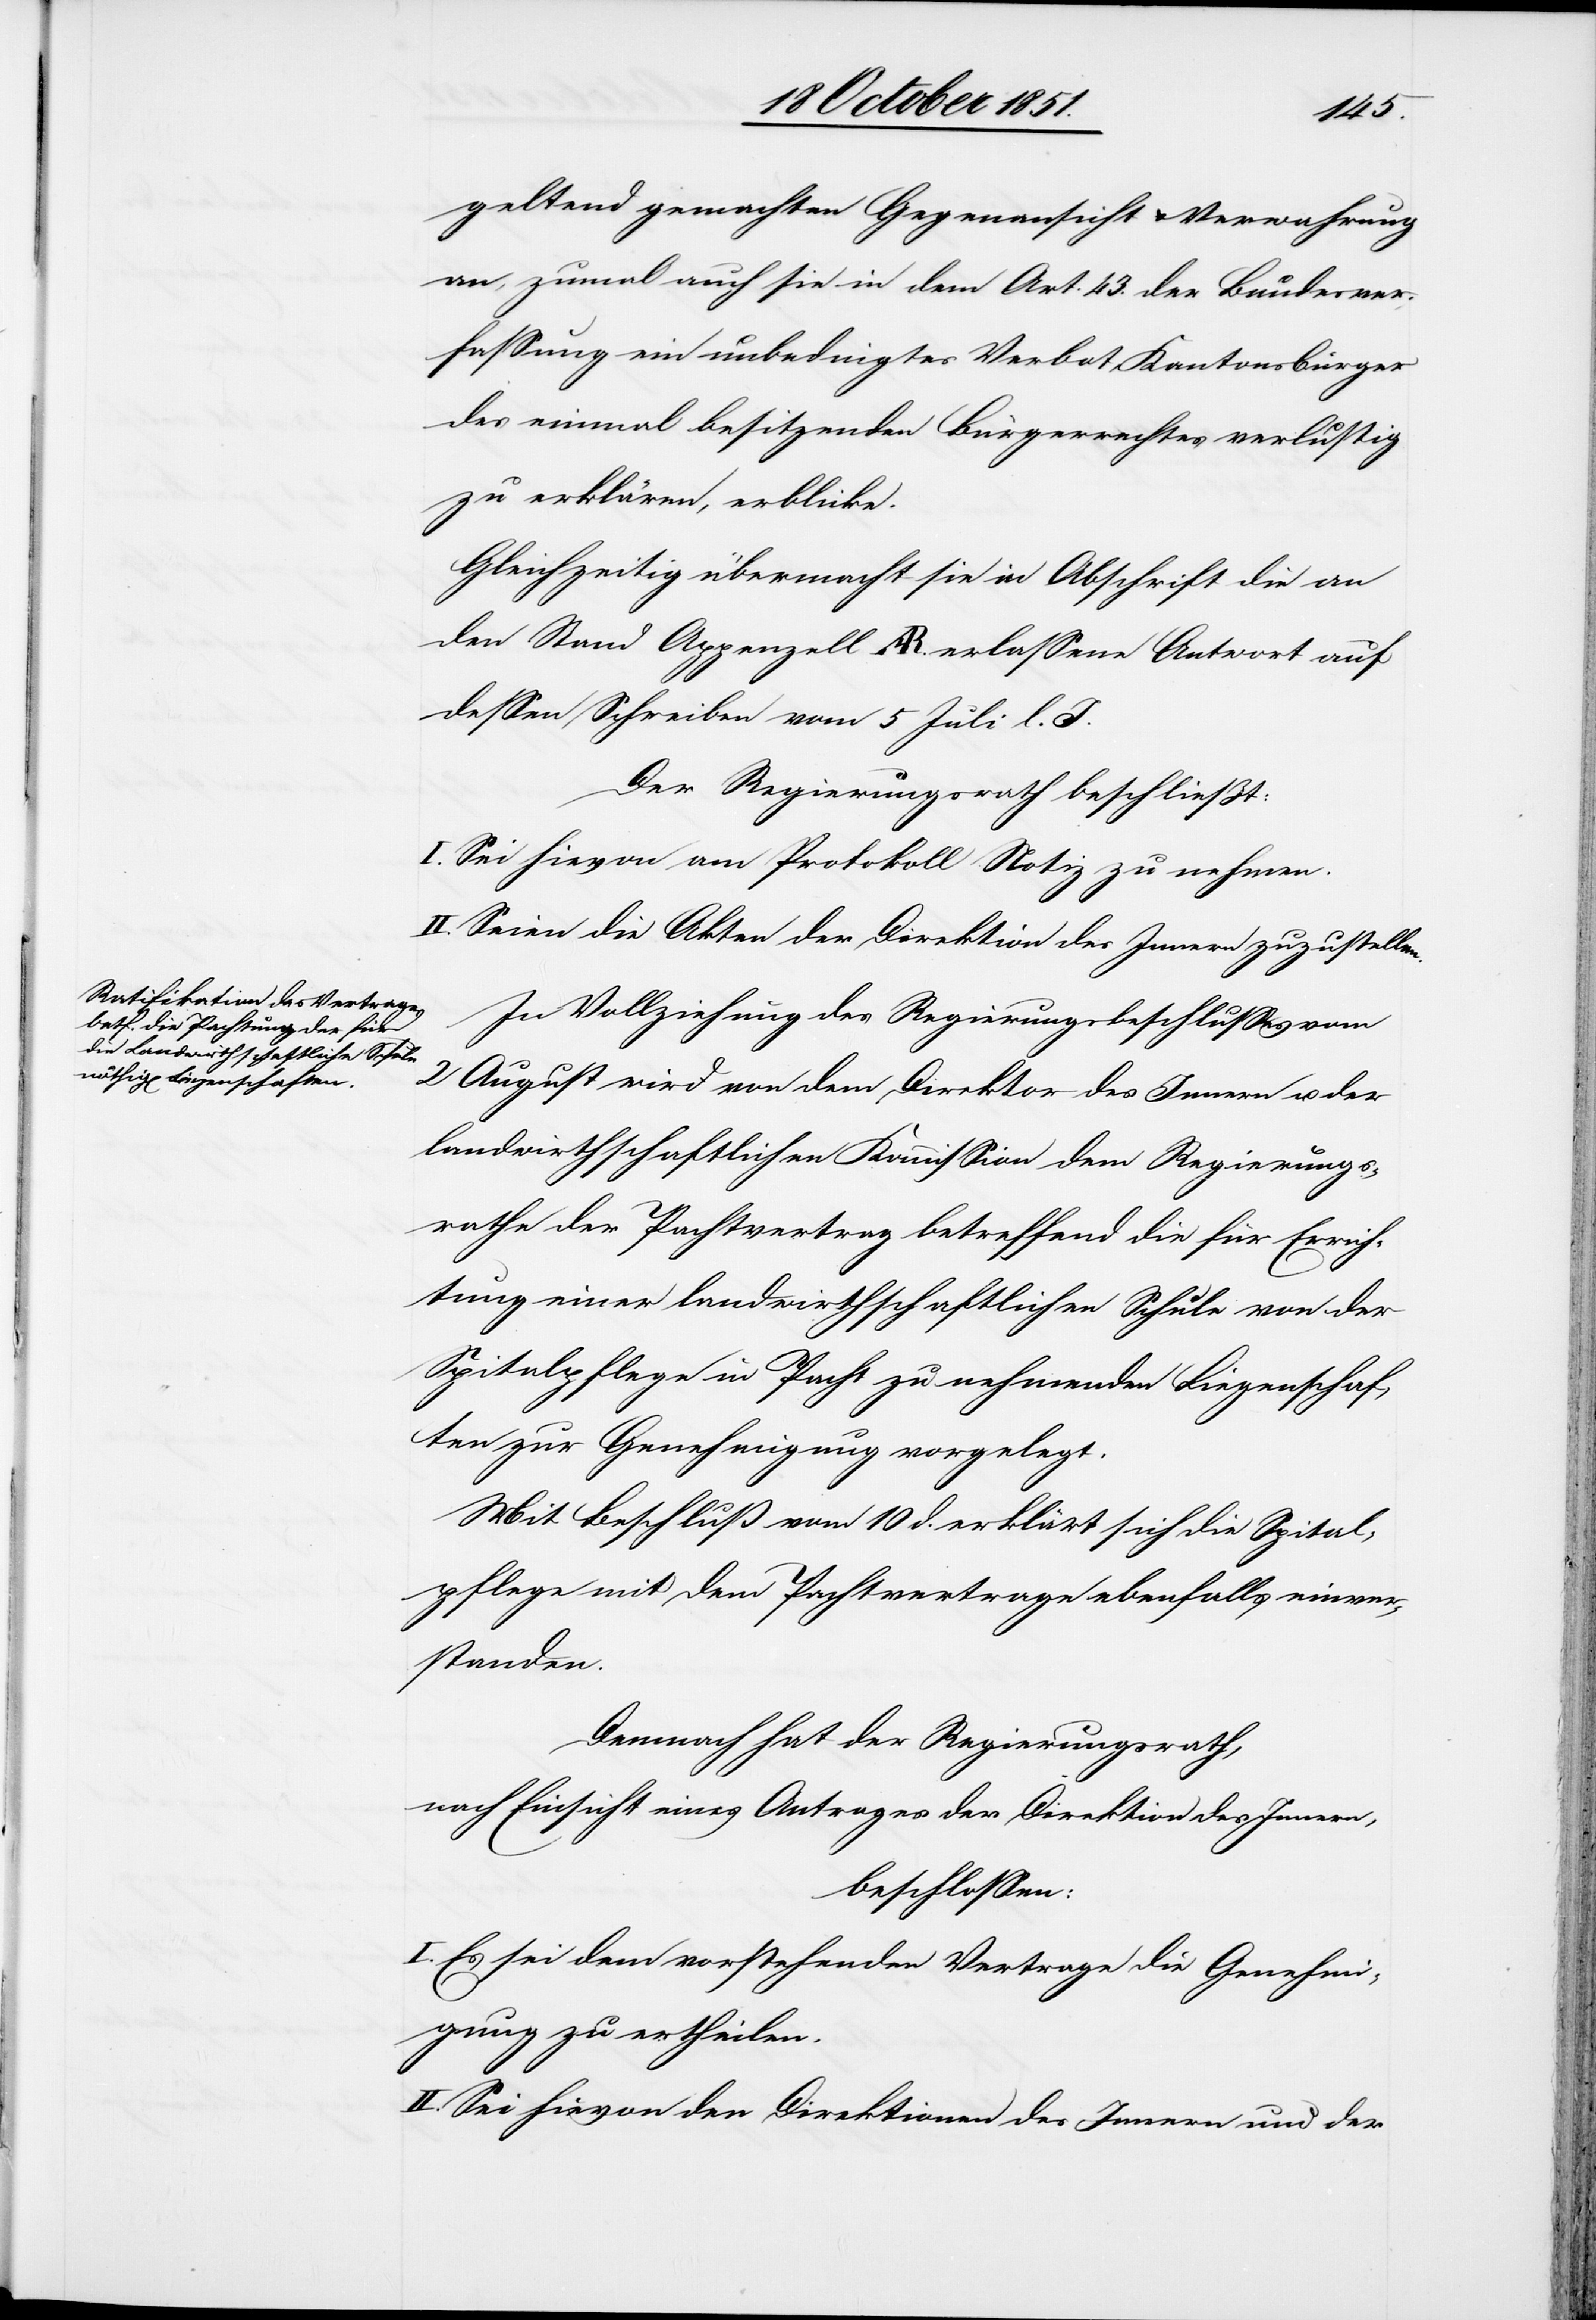
geltend gemachten Gegenansicht & Verwahrung
an, zumal auch sie in dem Art. 43. der Bundesver¬
fassung ein unbedingtes Verbot, Kantonsbürger
des einmal besitzenden Bürgerrechtes verlustig
zu erklären, erblicke.
Gleichzeitig übermacht sie in Abschrift die an
den Stand Appenzell AR. erlassene Antwort auf
dessen Schreiben vom 5 Juli l. J.
Der Regierungsrath beschließt:
I. Sei hievon am Protokoll Notiz zu nehmen.
II. Seien die Akten der Direktion des Innern zuzustellen.
In Vollziehung des Regierungsbeschlusses vom
2 August wird von dem Direktor des Innern u. der
landwirthschaftlichen Kommission dem Regierungs¬
rathe der Pachtvertrag betreffend die für Errich¬
tung einer landwirthschaftlichen Schule von der
Spitalpflege in Pacht zu nehmenden Liegenschaf¬
ten zur Genehmigung vorgelegt.
Mit Beschluß vom 10 d. erklärt sich die Spital¬
pflege mit dem Pachtvertrage ebenfalls einver¬
standen.
Demnach hat der Regierungsrath,
nach Einsicht eines Antrages der Direktion des Innern,
beschlossen:
I. Es sei dem vorstehenden Vertrage die Genehmi¬
gung zu ertheilen.
II. Sei hievon den Direktionen des Innern und der